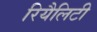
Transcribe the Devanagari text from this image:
रियैलिटी